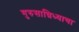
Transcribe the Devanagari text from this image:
गुरुसान्निध्याचा